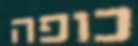
כופה